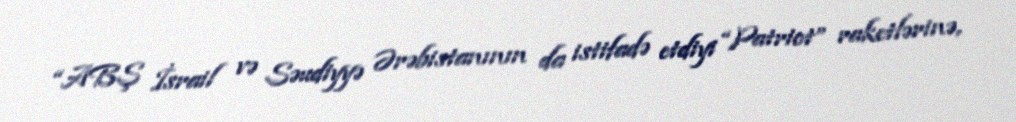
“ABŞ İsrail və Səudiyyə Ərəbistanının da istifadə etdiyi “Patriot” raketlərinə,